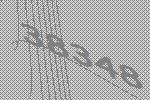
38348